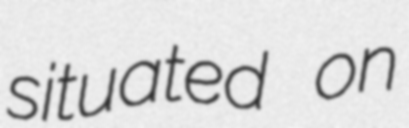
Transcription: situated on